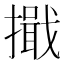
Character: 擑